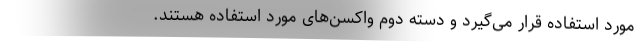
مورد استفاده قرار می‌گیرد و دسته دوم واکسن‌های مورد استفاده هستند.